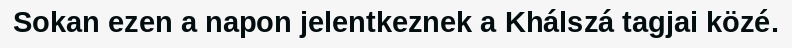
Sokan ezen a napon jelentkeznek a Khálszá tagjai közé.